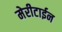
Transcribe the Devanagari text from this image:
मेरीटाईन